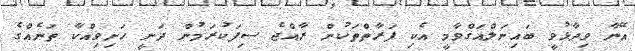
އޭނާ ވިދާޅުވީ ބައިނަލްއަގްވާމީ އެކި ފަރާތްތަކުން ރާއްޖެ ސިފަކުރަމުން ދަނީ ހަށިވިއްކާ ތަނެއްގެ